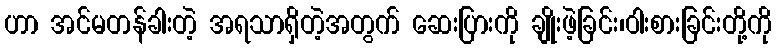
ဟာ အင်မတန်ခါးတဲ့ အရသာရှိတဲ့အတွက် ဆေးပြားကို ချိုးဖဲ့ခြင်း၊ဝါးစားခြင်းတို့ကို